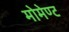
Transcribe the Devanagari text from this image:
मोमेण्ट